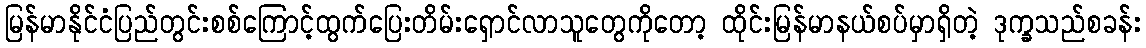
မြန်မာနိုင်ငံပြည်တွင်းစစ်ကြောင့်ထွက်ပြေးတိမ်းရှောင်လာသူတွေကိုတော့ ထိုင်းမြန်မာနယ်စပ်မှာရှိတဲ့ ဒုက္ခသည်စခန်း